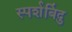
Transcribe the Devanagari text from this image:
स्पर्शबिंदु